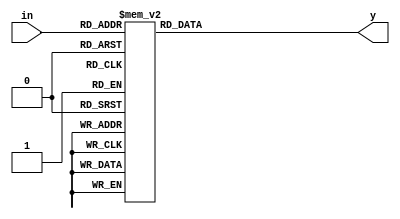
`timescale 1ns / 1ps
//////////////////////////////////////////////////////////////////////////////////
// Company: 
// Engineer: 
// 
// Design Name: 
// Module Name: decode_3_8
// Project Name: 
// Target Devices: 
// Tool Versions: 
// Description: 
// 
// Dependencies: 
// 
// Revision:
// Revision 0.01 - File Created
// Additional Comments:
// 
//////////////////////////////////////////////////////////////////////////////////


module decode_3_8
   (
        input [2:0] in,
		output  reg [7:0]  y 
     );
       always @* 
        begin 
    case (in)
     3'b000 :  y = 8'b00000001;
     3'b001 :  y = 8'b00000010;
3'b010 :  y = 8'b00000100;
     3'b011 :  y = 8'b00001000;
3'b100 :  y = 8'b00010000;
     3'b101 :  y = 8'b00100000;
3'b110 :  y = 8'b01000000;
     3'b111 :  y = 8'b10000000;
          endcase
       end
  endmodule